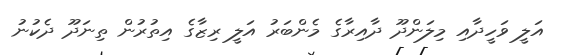
އަލީ ވަހީދާއި މިލަންދޫ ދާއިރާގެ މެންބަރު އަލީ ރިޒާގެ އިތުރުން ތިނަދޫ ދެކުނު